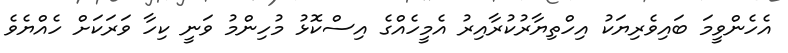
އެހެންވީމަ ބައިވެރިޔަކު އިހްތިޔާރުކުރާއިރު އެމީހެއްގެ އިސްކޮޅު މުހިންމު ވަނީ ކިހާ ވަރަކަށް ހެއްޔެވެ